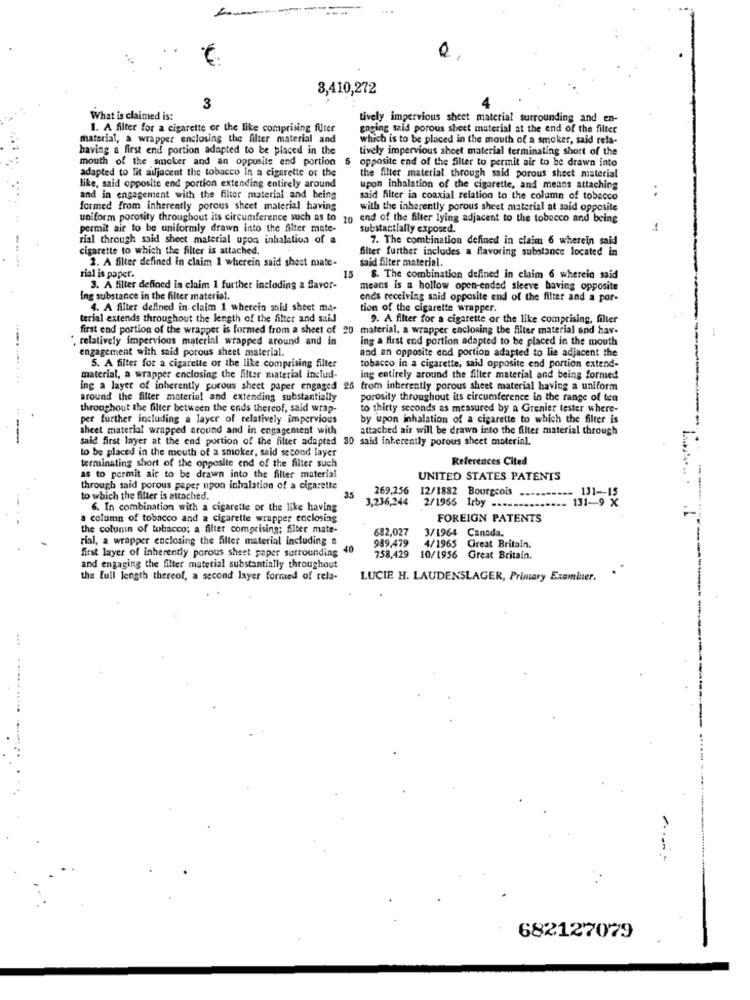
3,410,272
3
What is claimed is:
tively impervious sheet material surrounding and en-
1. A filter for a cigarette or the like comprising futer
gasing said porous sheet material at the end of the filter
material, a wrapper enclosing the filter material and
which is to be placed in the mouth of a smoker, said rela-
having a first end portion adapted to be placed in the
tively impervious sheet material terminating short of the
mouth of the smoker and an opposite end portion
opposite end of the filter to permit air to be drawn into
adapted to lit adjacent the tobacco in a cigarette or the
the filter material through said porous sheet material
like, said opposite end portion extending entirely around
upon inhalation of the cigarette, and means attaching
and in engagement with the filter material and being
said filter in coaxial relation to the column of tobacco
..
formed from inherently porous sheet material having
with the inherently porous sheet material at said opposite
uniform porosity throughout its circumference such as to 10 end of the filter lying adjacent to the tobacco and being
permit air to be uniformly drawn into the filter mate-
substantially exposed.
-
rial through said sheet material upon inhalation of a
7. The combination defined in claim 6 wherein said
cigarette to which the filter is attached.
filter further includes a flavoring substance located in
2. A filter defined in claim 1 wherein said sheet mate-
said filter material.
rial is paper.
15
8. The combination defined in claim 6 wherein said
3. A filter defined in claim 1 further including a flavor-
means is a hollow open-ended sleeve having opposite
Ing substance in the filter material.
ends receiving said opposite end of the filter and a por-
4. A filter defined in claim 1 wherein said sheet ma-
tion of the cigarette wrapper.
terial extends throughout the length of the filter and said
9. A filter for a cigarette or the like comprising, filler
first end portion of the wrapper is formed from a sheet of 20 material. a wrapper enclosing the filter material and hav-
--
.-.
" relatively impervious material wrapped around and in
ing a first end portion adapted to be placed in the mouth
engagement with said porous sheet material.
and an opposite end portion adapted to lie adjacent the
5. A filter for a cigarette or the like comprising filter
tobacco in a cigarette, said opposite end portion extend-
..... ..
material, a wrapper enclosing the filter material includ-
ing entirely around the filter material and being fornied
ing a layer of inherently porous sheet paper engaged 25 from inherently porous sheet material having a uniform
around the filter material and extending substantially
porosity throughout its circumference in the range of ten
throughout the filter between the ends thereof, said wrap-
to thirty seconds as measured by a Grenier tester where-
per further including a layer of relatively impervious
by upon inhalation of a cigarette to which the filter is
sheet material wrapped around and in engagement with
attached air will be drawn into the filter material through
said first layer at the end portion of the filter adapted 30 said inherently porous sheet material.
to be placed in the mouth of a smoker, said second layer
References Cited
terminating short of the opposite end of the filter such
as to permit air to be drawn into the filter material
UNITED STATES PATENTS
through said porous paper upon inhalation of a cigarette
269,256
to which the filter is attached.
3,236,244
12/1882 Bourgeois ----
131-9 X
131-1
6. In combination with a cigarette or the like having
2/1965 Irby -------
a column of tobacco and a cigarette wrapper enclosing
FOREIGN PATENTS
the column of tobacco; a filter comprising; filter mate-
682,027
3/1964 Canada.
rial, a wrapper enclosing the filter material including a
989,479
first layer of inherently porous sheet paper surrounding 40
4/1965 Great Britain.
758,429
10/1956 Great Britain.
and engaging the filter material substantially throughout
the Full length thereof, a second layer formed of rela-
LUCIE H. LAUDENSLAGER, Primary Examiner.
...
----
682127079